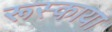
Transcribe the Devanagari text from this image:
रूस्काया